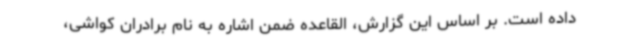
داده است. بر اساس این گزارش، القاعده ضمن اشاره به نام برادران کواشی،